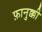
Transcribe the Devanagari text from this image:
फ़ानुक्की